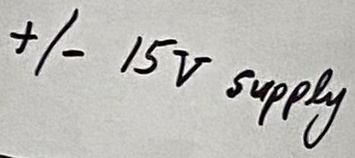
Text: +/- 15V supply